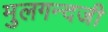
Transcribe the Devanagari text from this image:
मुलगन्दजी